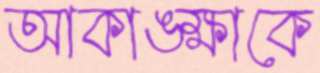
আকাঙ্ক্ষাকে